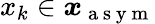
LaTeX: x_{k}\in\boldsymbol{x}_{\mathrm{~a~s~y~m~}}